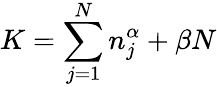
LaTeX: K=\sum_{j=1}^{N}{n_{j}^{\alpha}}+\beta N